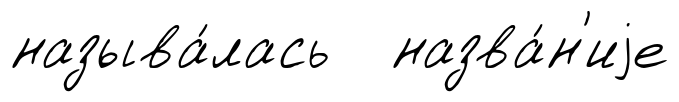
называ́лась назва́н'иjе